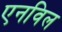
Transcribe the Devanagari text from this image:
एनविल